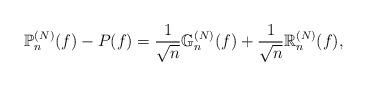
LaTeX: \begin{align*}\mathbb{P}_{n}^{(N)}(f)-P(f)=\frac{1}{\sqrt{n}}\mathbb{G}_{n}^{(N)}(f)+\frac{1}{\sqrt{n}}\mathbb{R}_{n}^{(N)}(f), \end{align*}